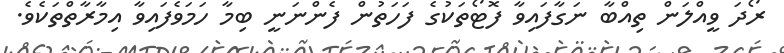
ރޯދަ ވީއްލަން ތިއްބާ ނަގާފައިވާ ފޮޓޯތަކުގެ ފަހަތުން ފެންނަނީ ބިމާ ހަމަވެފައިވާ އިމާރާތްތަކެވެ.